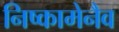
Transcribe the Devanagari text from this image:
निष्कामेनैव